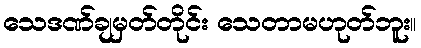
သေဒဏ်ချမှတ်တိုင်း သေတာမဟုတ်ဘူး။